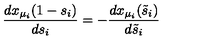
\frac { d x _ { \mu _ { i } } ( 1 - s _ { i } ) } { d s _ { i } } = - \frac { d x _ { \mu _ { i } } ( \tilde { s } _ { i } ) } { d \tilde { s } _ { i } }